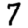
Digit: 7